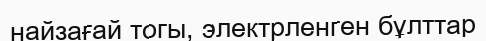
найзағай тогы, электрленген бұлттар